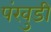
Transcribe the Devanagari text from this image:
पंखुडी